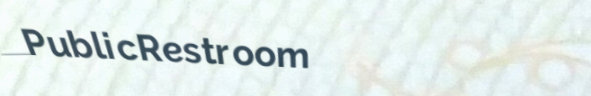
PublicRestroom